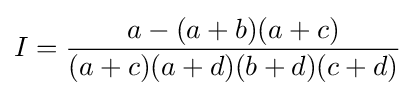
I={\frac {a-(a+b)(a+c)}{(a+c)(a+d)(b+d)(c+d)}}